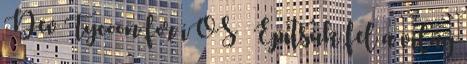
Dev Tycoon for iOS – Építsük fel a világ